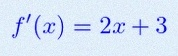
f'(x)=2x+3